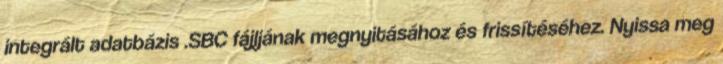
integrált adatbázis .SBC fájljának megnyitásához és frissítéséhez. Nyissa meg